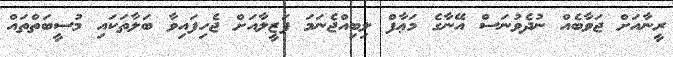
ރީނާއަށް ޖަވާބެއް ނުދެވުނަސް އޭނާގެ މަޢާފް ލިބިއްޖެނަމަ ފަޒީލާއަށް ޖެހިފައިވާ ބަލާތަކައި މުސީބަތްތައް